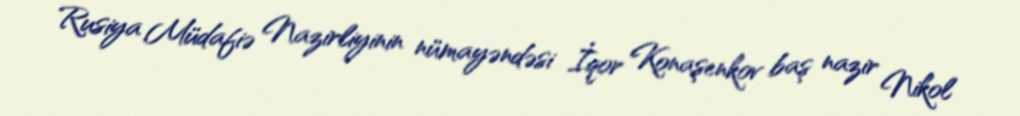
Rusiya Müdafiə Nazirliyinin nümayəndəsi İqor Konaşenkov baş nazir Nikol